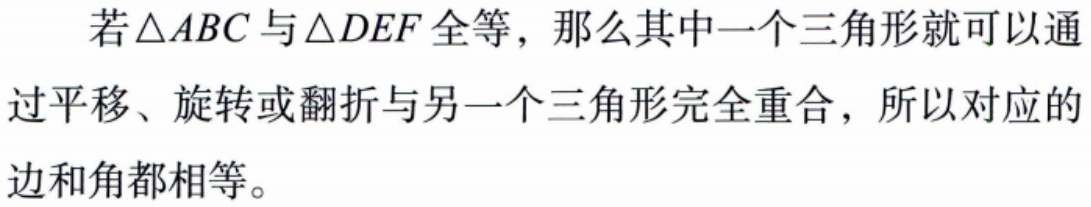
若$\triangle ABC$与$\triangle DEF$全等，那么其中一个三角形就可以通过平移、旋转或翻折与另一个三角形完全重合，所以对应的边和角都相等。